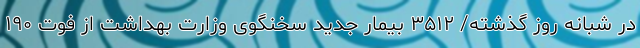
در شبانه روز گذشته/ ۳۵۱۲ بیمار جدید سخنگوی وزارت بهداشت از فوت ۱۹۰